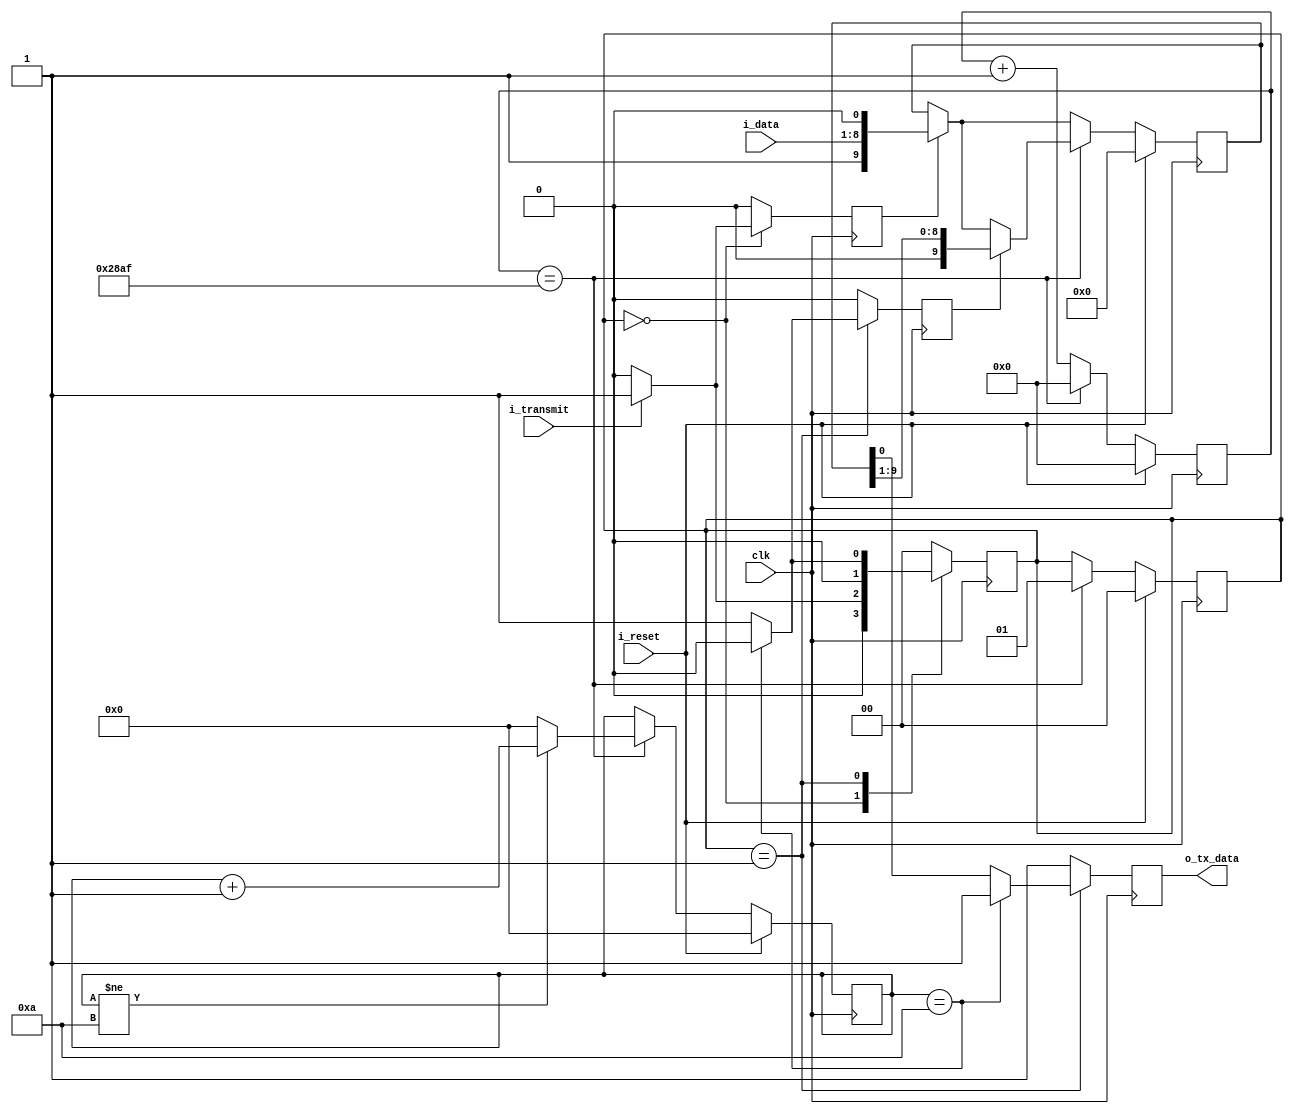
/* initial assumptions
baud_rate =9600
baud_count = clock_freq/ baud_rate = 100MHz/9600 = 10416
counter for 10 bits: 1-bit start, 8-bits data, 1-bit stop 
IDLE: nothing happens
DATA: transfer of data in this state
*/

`default_nettype none
module transmitter(clk, i_data, i_reset, i_transmit, o_tx_data);

parameter DATAWIDTH = 8;
localparam IDLE = 2'b00, DATA = 2'b01;

input wire clk;
input wire [DATAWIDTH-1:0] i_data;
input wire i_reset;
input wire i_transmit;

output reg o_tx_data;

reg [1:0] STATE;
reg [3:0] counter; 
reg [13:0] baud_count;
reg [9:0] shift_reg; //serial transmit data through UART to the board
reg shift; // signal to shifting bits in UART
reg load; // start loading the data in shift_reg, and add start and stop bits
reg clear; // reset the bit_count for UART Transmission

always @(posedge clk) begin
    if (i_reset) begin
        STATE <= IDLE;
        baud_count <= 0;
        counter <= 0;
        shift_reg <= 0;
    end 
    else begin
        baud_count <= baud_count + 1;
        if (load)
        shift_reg <= {1'b1, i_data, 1'b0}; 
        if (baud_count == 10415) begin
            STATE <= DATA; 
            baud_count <= 0; 
        if (clear)
            counter <= 0;
        if (shift) 
            shift_reg <= shift_reg >> 1; 
        if (counter != 10) 
            counter <= counter + 1;
        else 
            counter <= 0;
        end
    end
end
// FSM
always @(posedge clk) begin
   load <= 0;
   shift <= 0;
   clear <= 0;
   o_tx_data <= 1; // should go low, for transmission to start

   case(STATE)
   IDLE: begin
    if (i_transmit) begin 
    STATE <= DATA;
    load <= 1;
    shift <= 0;
    clear <= 0;
    end 
    else 
    begin
    STATE <= IDLE;
    o_tx_data <= 1;
    end
   end

   DATA: begin
    if (counter == 10) begin 
        STATE <= IDLE;
        clear <= 1;
    end
    else begin 
        STATE <= DATA;
        o_tx_data <= shift_reg[0];
        shift <= 1;
    end
   end
   default: STATE <= IDLE;
   endcase
end
endmodule